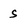
Character: s